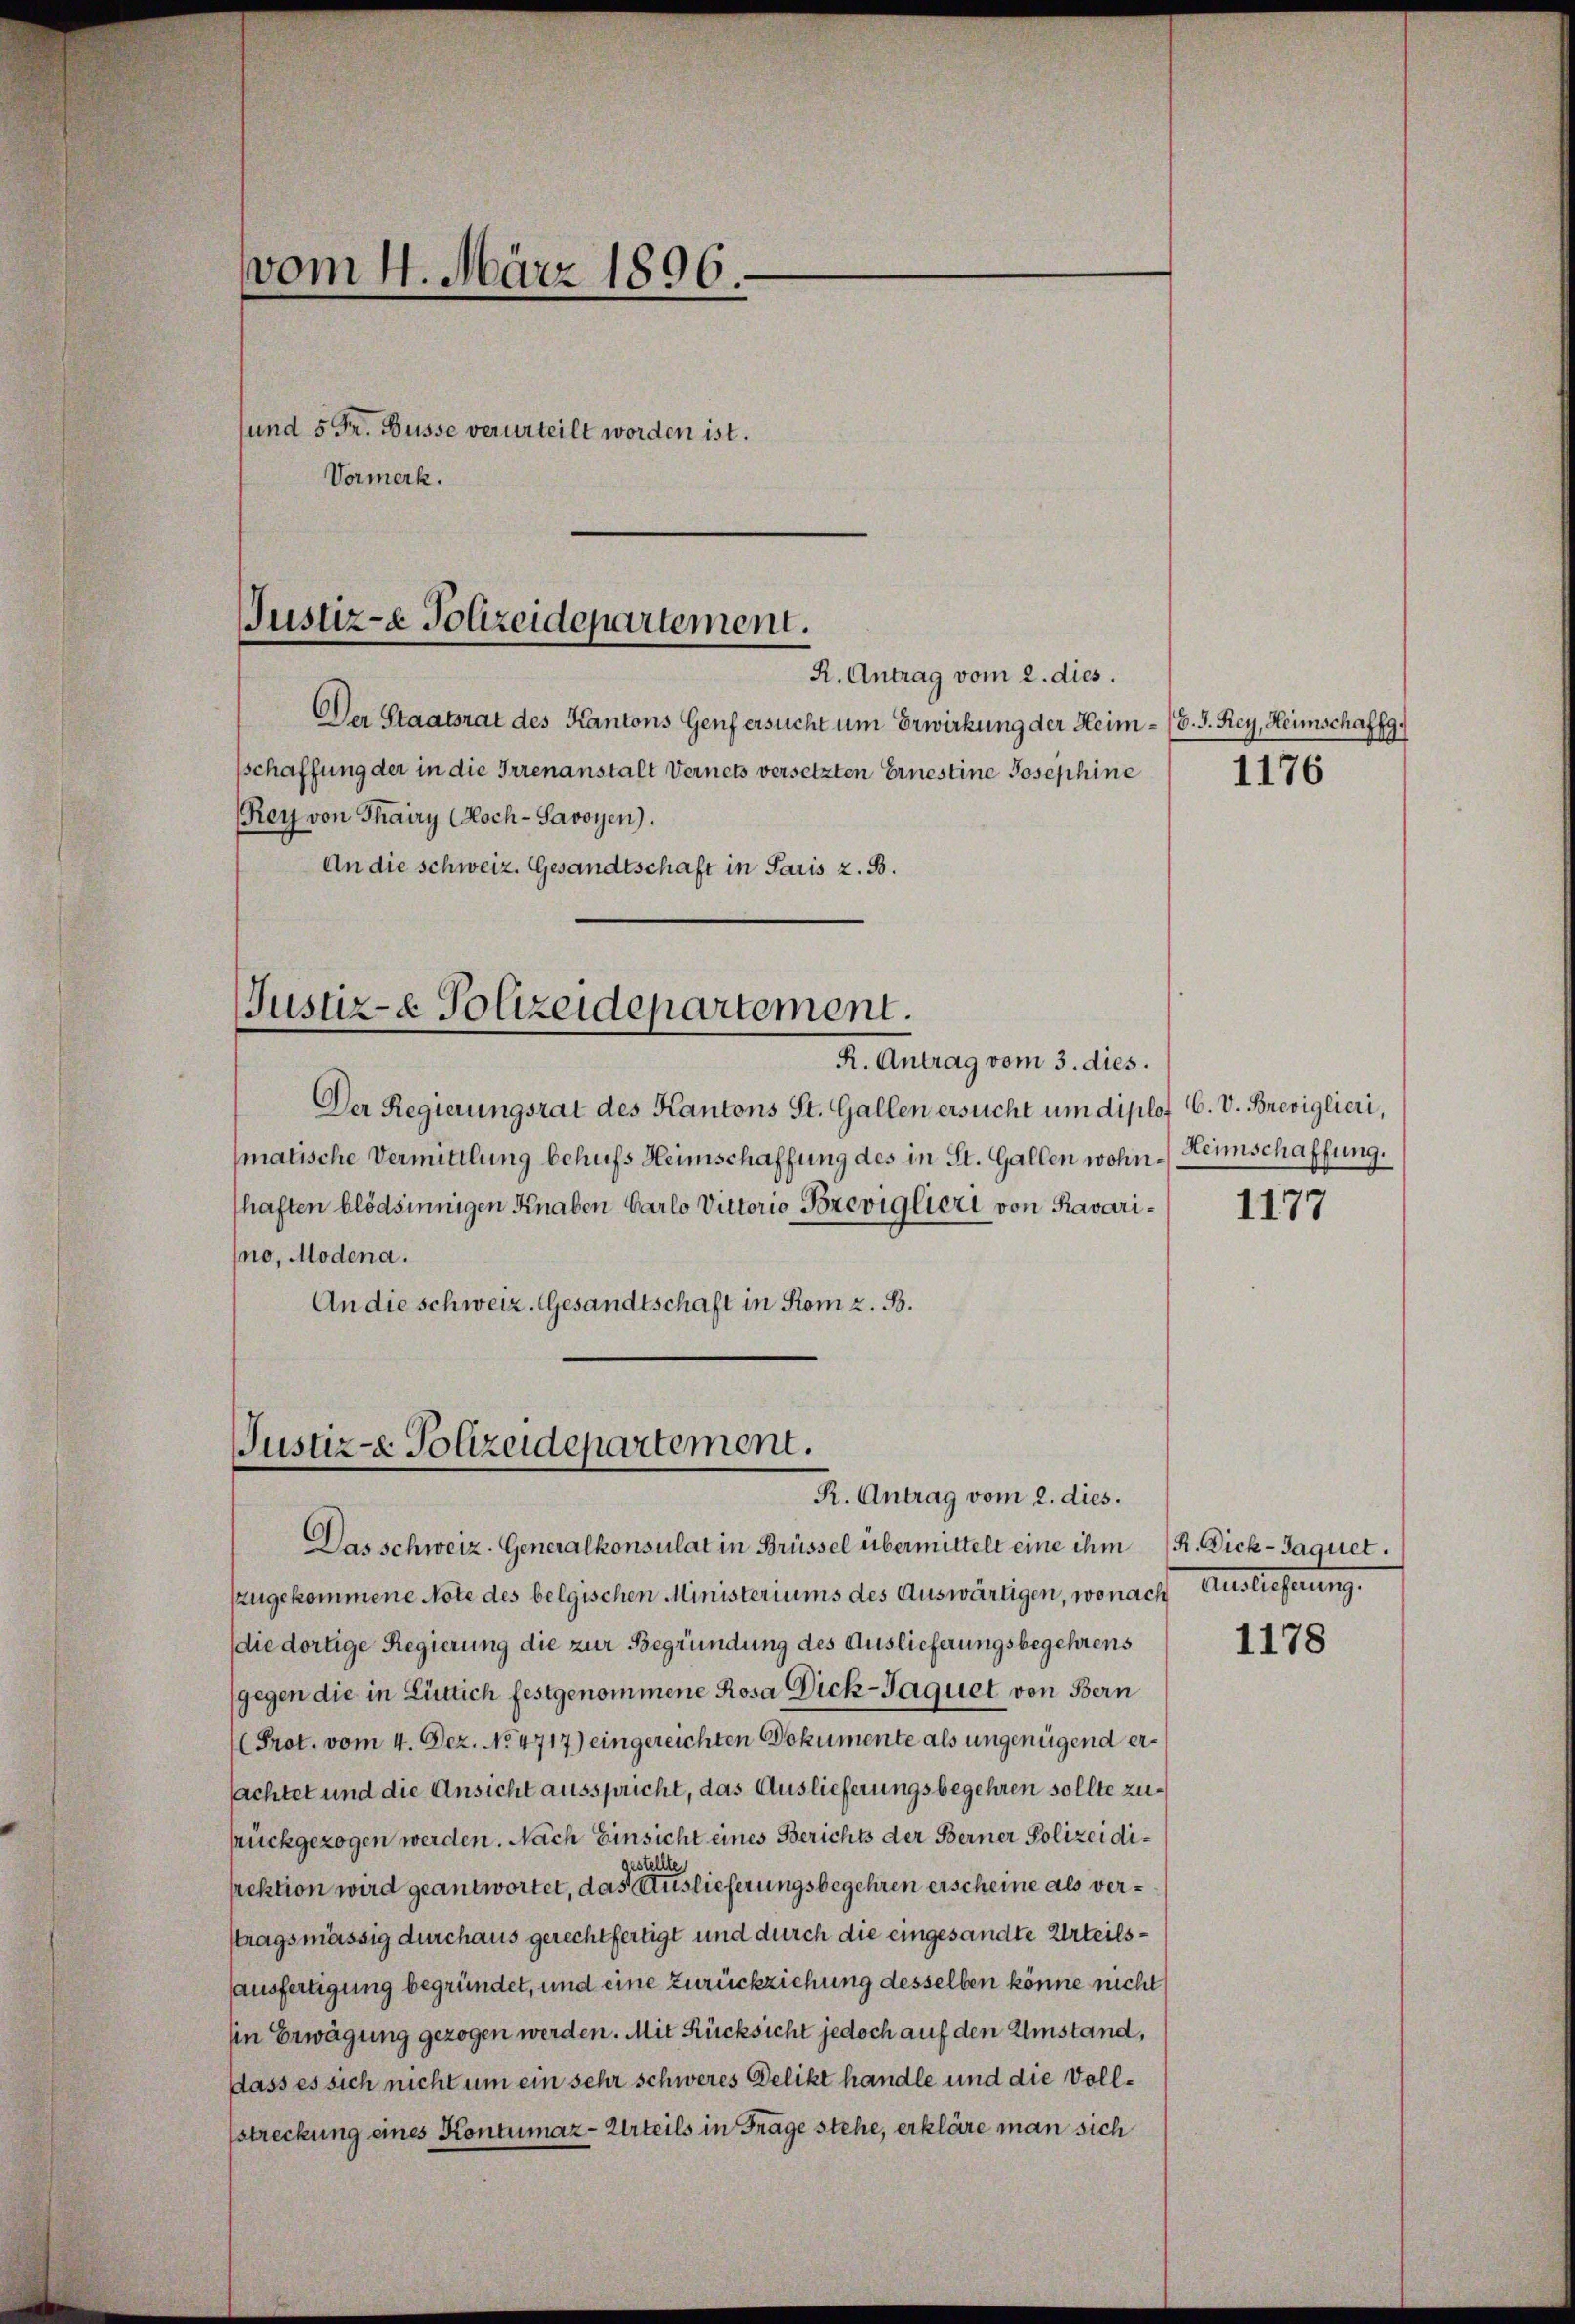
Der Staatsrat des Kantons Genf ersucht um Erwirkung der Heim - (d. h. Rey, Heimschaffg.
sschaffung der in die Irrenanstalt Vernets versetzten Ernestine Josephine
Rey von Thairy (Koch-Savoyen).
An die schweiz. Gesandtschaft in Paris z. B.

vom 4. März 1896.
sund 5 Fr. Busse verurteilt worden ist.
Vormerk.

Das schweiz. Generalkonsulat in Brüssel übermittelt eine ihm R. Dick-Jaquet.
zugekommene Note des belgischen Ministeriums des Auswärtigen, wonach Auslieferung.
(die dortige Regierung die zur Begründung des Auslieferungsbegehrens
gegen die in Lütlich festgenommene Rosa Dick-Jaquet von Bern
Prot. vom 4. Dez. No. 4717) eingereichten Dokumente als ungenügend ersachtet und die Ansicht ausspricht, das Auslieferungsbegehren sollte zusrückgezogen werden. Nach Einsicht eines Berichts der Berner Polizeidigestellte
pektion wird geantwortet, das Auslieferungsbegehren erscheine als verstragsmässig durchaus gerechtfertigt und durch die eingesandte Urteilsausfertigung begründet, und eine Zurückziehung desselben könne nicht
Ein Erwägung gezogen werden. Mit Rücksicht jedoch auf den Umstand,
dass es sich nicht um ein sehr schweres Delikt handle und die Voll¬
Estreckung eines Kontumaz-Urteils in Frage stehe, erkläre man sich

Justiz- & Polizeidepartement.
R. Antrag vom 2. dies.

Justiz- & Polizeidepartement.

R. Antrag vom 3. dies.
Der Regierungsrat des Kantons St. Gallen ersucht um diplot C. V. Breviglieri,
matische Vermittlung behufs Heimschaffung des in St. Gallen wohn-) Heimschaffung.
haften blödsinnigen Knaben Carlo Victorio Breviglieri von Ravarino, Modena.
An die schweiz. Gesandtschaft in Rom z. B.

Justiz- Polizeidepartement.
R. Antrag vom 2. dies.

1176

1177

1178